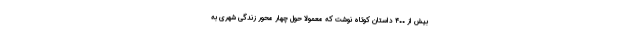
بیش از ۴۰۰ داستان کوتاه نوشت که معمولاً حول چهار محور زندگی شهری به